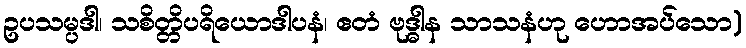
ဥပသမ္ပဒါ၊ သစိတ္တိပရိယောဒါပနံ၊ ဧတံ ဗုဒ္ဓါန သာသနံဟု ဟောအပ်သော)